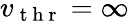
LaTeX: v_{\mathrm{~t~h~r~}}=\infty